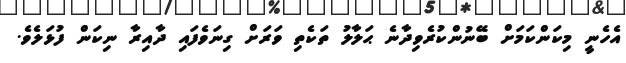
އެހެނީ މިކަންކަމަށް ބޭނުންކުރެވިދާނެ ޙަލާލު ތަކެތި ވަރަށް ގިނަވެފައި ދާއިރާ ނިކަން ފުޅަލެވެ.